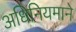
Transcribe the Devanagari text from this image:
अधिनियमाने